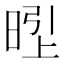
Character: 𱢇